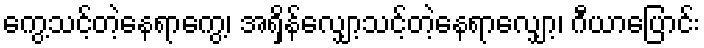
ကွေ့သင့်တဲ့နေရာကွေ့၊ အရှိန်လျှော့သင့်တဲ့နေရာလျှော့၊ ဂီယာပြောင်း